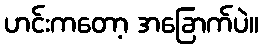
ဟင်းကတော့ အခြောက်ပဲ။